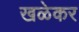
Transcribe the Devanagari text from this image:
खळेकर